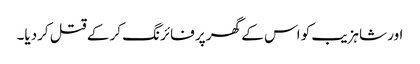
اور شاہزیب کو اس کے گھر پر فائرنگ کر کے قتل کردیا۔